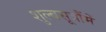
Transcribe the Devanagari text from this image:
शुल्बसूत्रौंमें